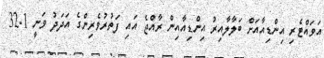
އަވައްޓެރި އިންޑިއާއަށް ބަލާލާއިރު އިންޑިއާއިން ރާއްޖެ އައި ފަތުރުވެރިންގެ އަދަދު ވަނީ 32.1